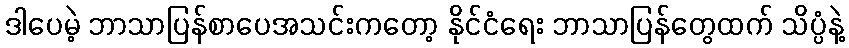
ဒါပေမဲ့ ဘာသာပြန်စာပေအသင်းကတော့ နိုင်ငံရေး ဘာသာပြန်တွေထက် သိပ္ပံနဲ့